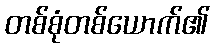
တစ်စုံတစ်ယောက်၏